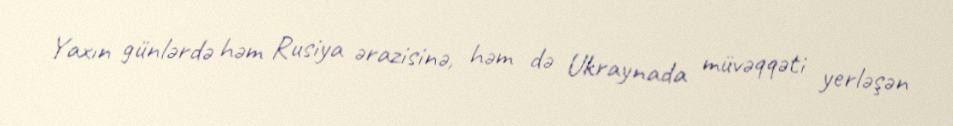
Yaxın günlərdə həm Rusiya ərazisinə, həm də Ukraynada müvəqqəti yerləşən